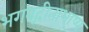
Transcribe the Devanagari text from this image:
भगवद्गीताभाष्य